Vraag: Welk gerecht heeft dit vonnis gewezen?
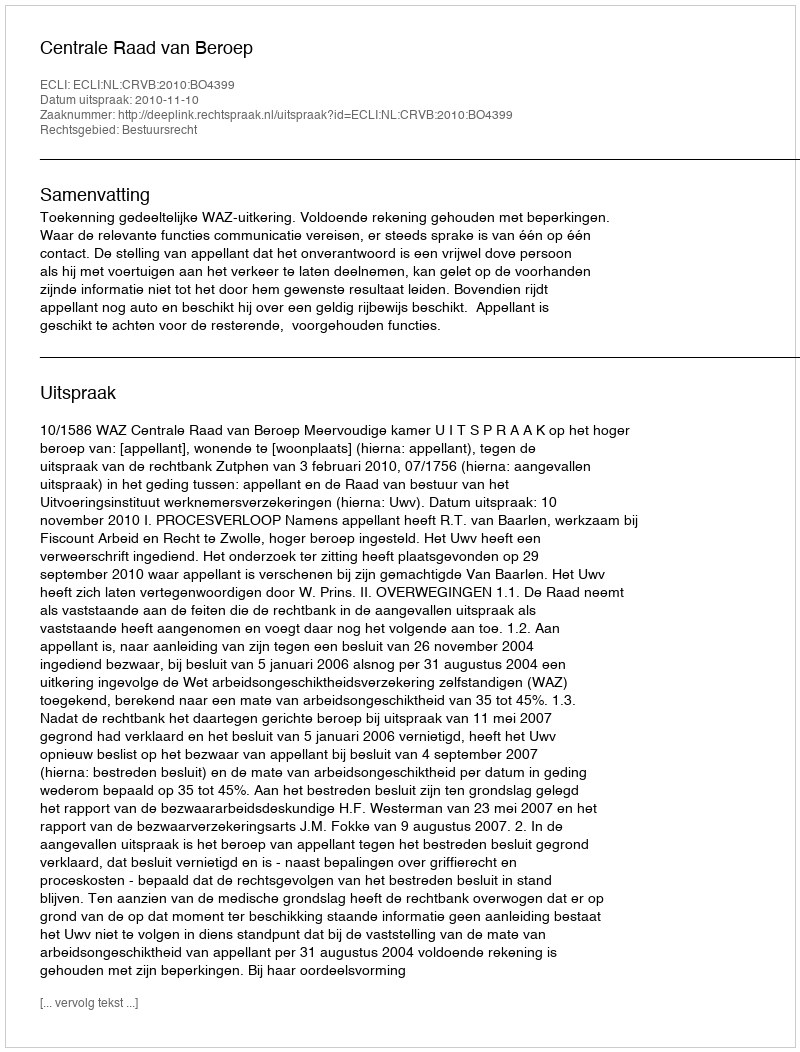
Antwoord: Centrale Raad van Beroep